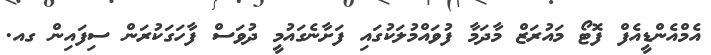
އެމްއެންޑީއެފް ފޮޓޯ މައުރަޒް މާދަމާ ފުވައްމުލަކުގައި ފަށާނެގައުމީ ދުވަސް ފާހަގަކުރަން ސިފައިން ގއ.